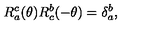
R _ { a } ^ { c } ( \theta ) R _ { c } ^ { b } ( - \theta ) = \delta _ { a } ^ { b } ,